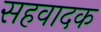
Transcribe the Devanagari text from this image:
सहवादक